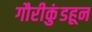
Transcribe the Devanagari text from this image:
गौरीकुंडहून